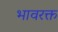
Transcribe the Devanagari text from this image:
भावरक्त